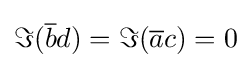
\Im ({\overline {b}}d)=\Im ({\overline {a}}c)=0